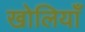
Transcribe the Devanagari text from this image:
खोलियाँ